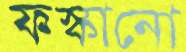
ফস্কানো